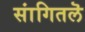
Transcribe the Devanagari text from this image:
सांगितलॆ